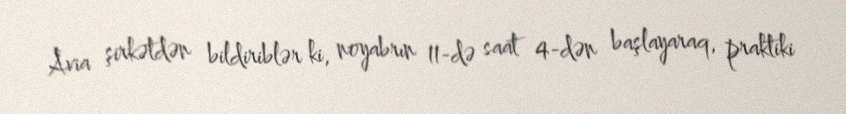
Avia şirkətdən bildiriblər ki, noyabrın 11-də saat 4-dən başlayaraq, praktiki